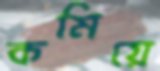
কমিয়ে